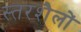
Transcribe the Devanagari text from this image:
स्तरशैलों